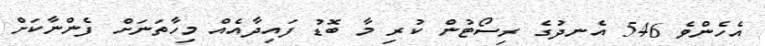
އެހެންވެ 546 އެނދުގެ ރިސޯޓުން ކުރި މާ ބޮޑު ފައިދާއެއް މިހާތަނަށް ފެންނާކަށް